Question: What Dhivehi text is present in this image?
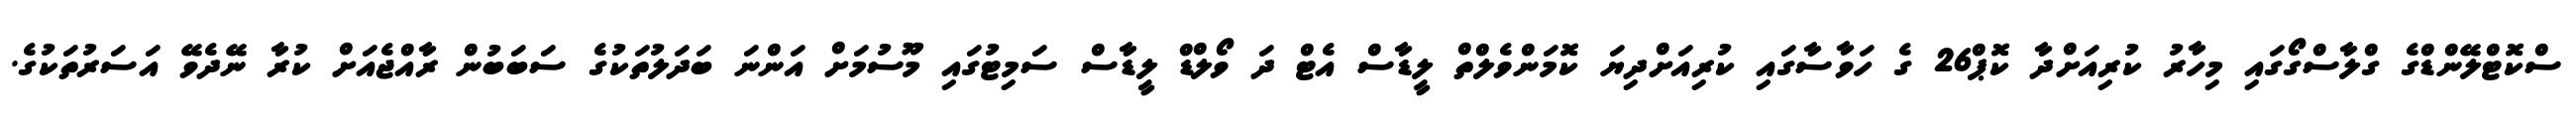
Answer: ސްކޮޓްލޭންޑްގެ ގްލާސްގޯގައި މިހާރު ކުރިއަށްދާ ކޮޕް26 ގެ ހަވާސާގައި ކުރިއަށްދިޔަ ކޮމަންވެލްތް ލީޑާސް އެޓް ދަ ވޯލްޑް ލީޑާސް ސަމިޓުގައި މޫސުމަށް އަންނަ ބަދަލުތަކުގެ ސަބަބުން ރާއްޖެއަށް ކުރާ ނޭދެވޭ އަސަރުތަކުގެ.